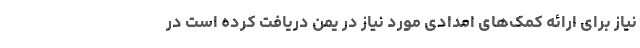
نیاز برای ارائه کمک‌های امدادی مورد نیاز در یمن دریافت کرده است در